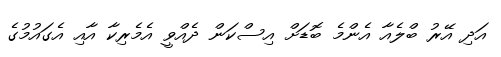
އަދި އޭރު ބްލެއާ އެންމެ ބޮޑަށް އިސްކަން ދެއްވީ އެމެރިކާ އާއި އެގައުމުގެ